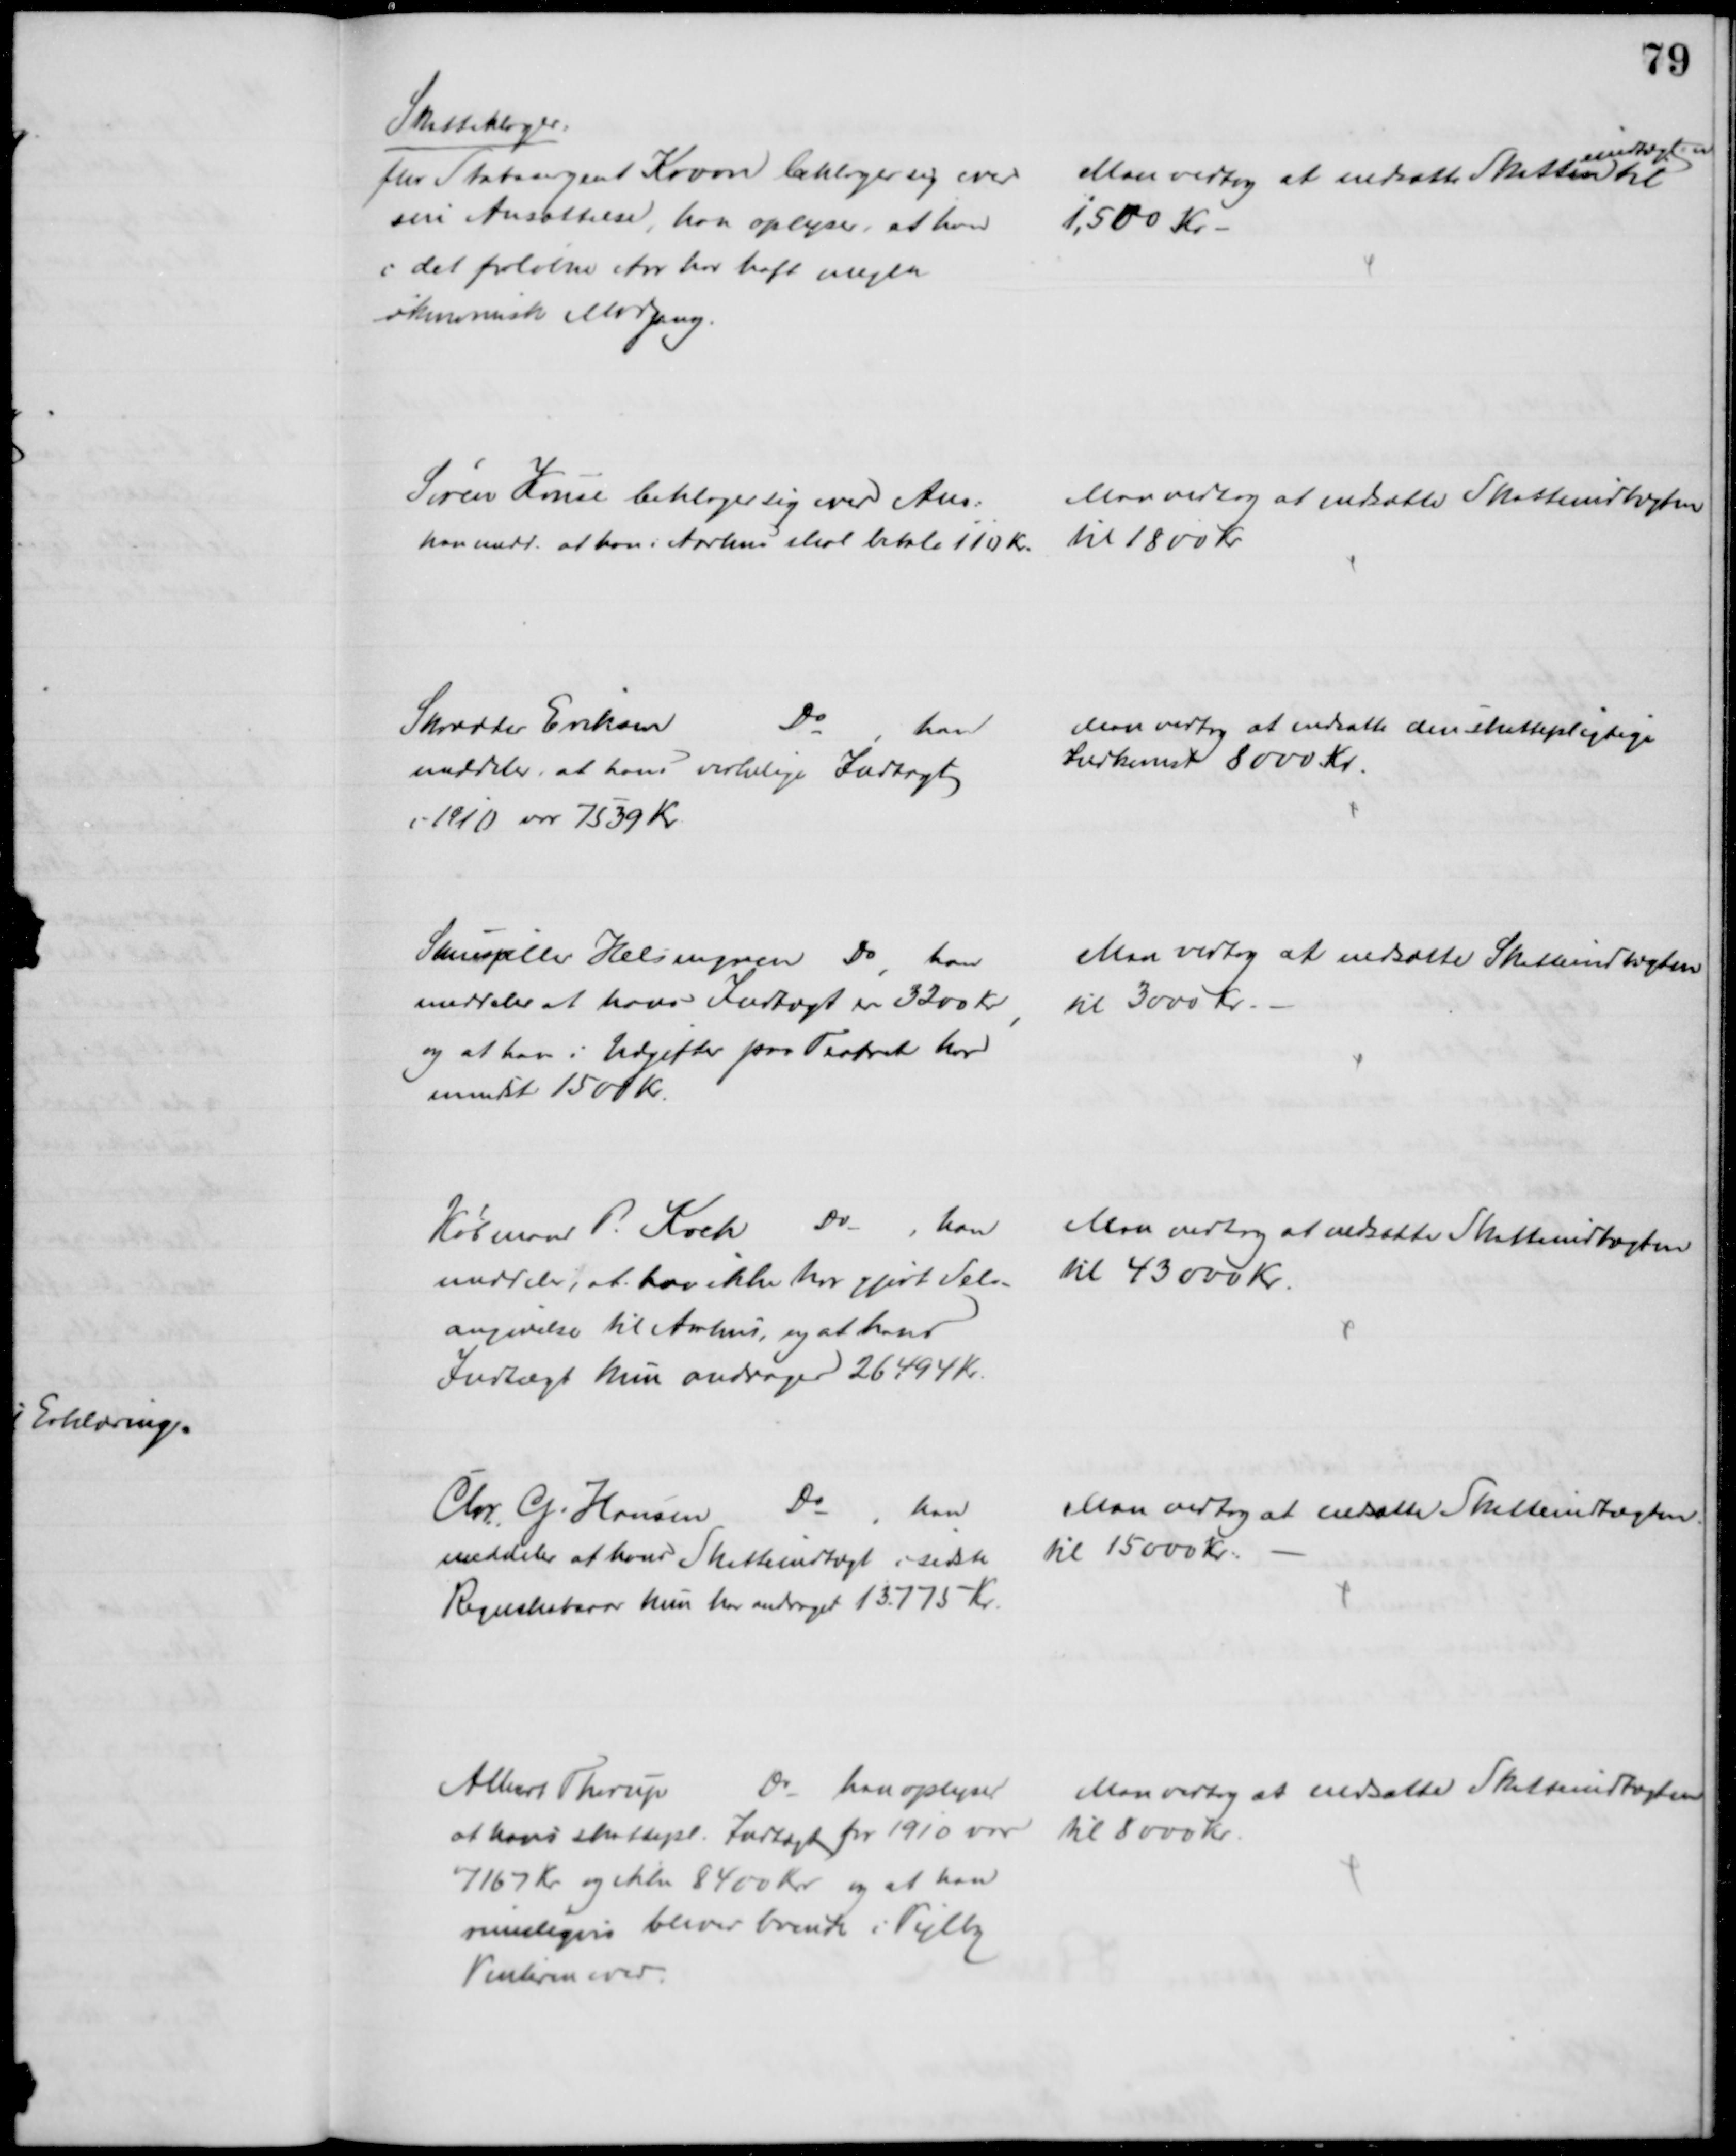
Transskription:
Skatteklager:
fhv Stabssergent Kroon beklager sig over 
sin Ansættelse, har oplyser, at han
i det forløbne Aar har haft megen
økonomisk Modgang.
Man vedtog at nedsætte Skatten
indtægten
til
1,500 Kr.
Søren Kruse beklager sig over Ans:
han medd. at han i Aarhus skal betale 110 Kr.
Man vedtog at nedsætte Skatteindtægten
til 1800 Kr
Skrædder Eriksen
Do
han
meddeler, at hans virkelige Indtægt
i 1910 var 7539 Kr.
Man vedtog at nedsætte den skattepligtige
Indkomst 8000 Kr.
Skuespiller Helsengren Do, han
meddeler at hans Indtægt er 3200 Kr.
og at han i Udgifter paa Teatret har
mindst 1500 Kr.
Man vedtog at nedsætte Skatteindtægten
til 3000 Kr.
Købmand P. Koch Do, han
meddeler, at han ikke har gjort Selv-
angivelse til Aarhus, og at hans
Indtægt kun andrager 26494 Kr.
Man vedtog at nedsætte Skatteindtægten
til 43000 Kr.
Chr. G. Hansen
Do
han
meddeler at hans Skatteindtægt i sidste
Regnskabsaar kun har andraget 13.775 Kr.
Man vedtog at nedsætte Skatteindtægten
til 15000 Kr.
Albert Thorup
Do 
han oplyser
at hans skattepl. Indtægt for 1910 var
7167 Kr og ikke 8400 Kr og at han
muligvis bliver boende i Vejlby
Vinteren over
Man vedtog at nedsætte Skatteindtægten
til 8000 Kr.